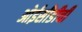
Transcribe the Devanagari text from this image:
ओईसीडीची